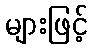
များဖြင့်